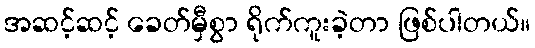
အဆင့်ဆင့် ခေတ်မှီစွာ ရိုက်ကူးခဲ့တာ ဖြစ်ပါတယ်။